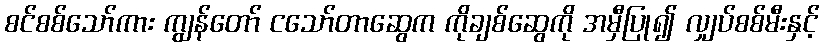
စင်စစ်သော်ကား ကျွန်တော် ငသော်တာဆွေက ကိုချစ်ဆွေကို အမှီပြု၍ လျှပ်စစ်မီးနှင့်